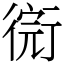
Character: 𢕋